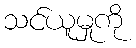
သင်ယူမှုကို